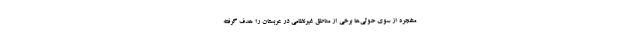
منفجره از سوی حوثی‌ها برخی از مناطق غیرنظامی در عربستان را هدف گرفته